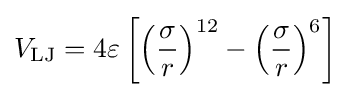
V_{\text{LJ}}=4\varepsilon \left[\left({\frac {\sigma }{r}}\right)^{12}-\left({\frac {\sigma }{r}}\right)^{6}\right]